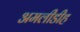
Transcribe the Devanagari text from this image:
अमलीडीह